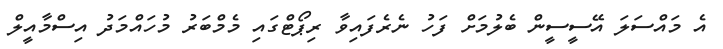
އެ މައްސަލަ އޭސީސީން ބެލުމަށް ފަހު ނެރެފައިވާ ރިޕޯޓްގައި މެމްބަރު މުހައްމަދު އިސްމާއީލް